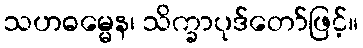
သဟဓမ္မေန၊ သိက္ခာပုဒ်တော်ဖြင့်။